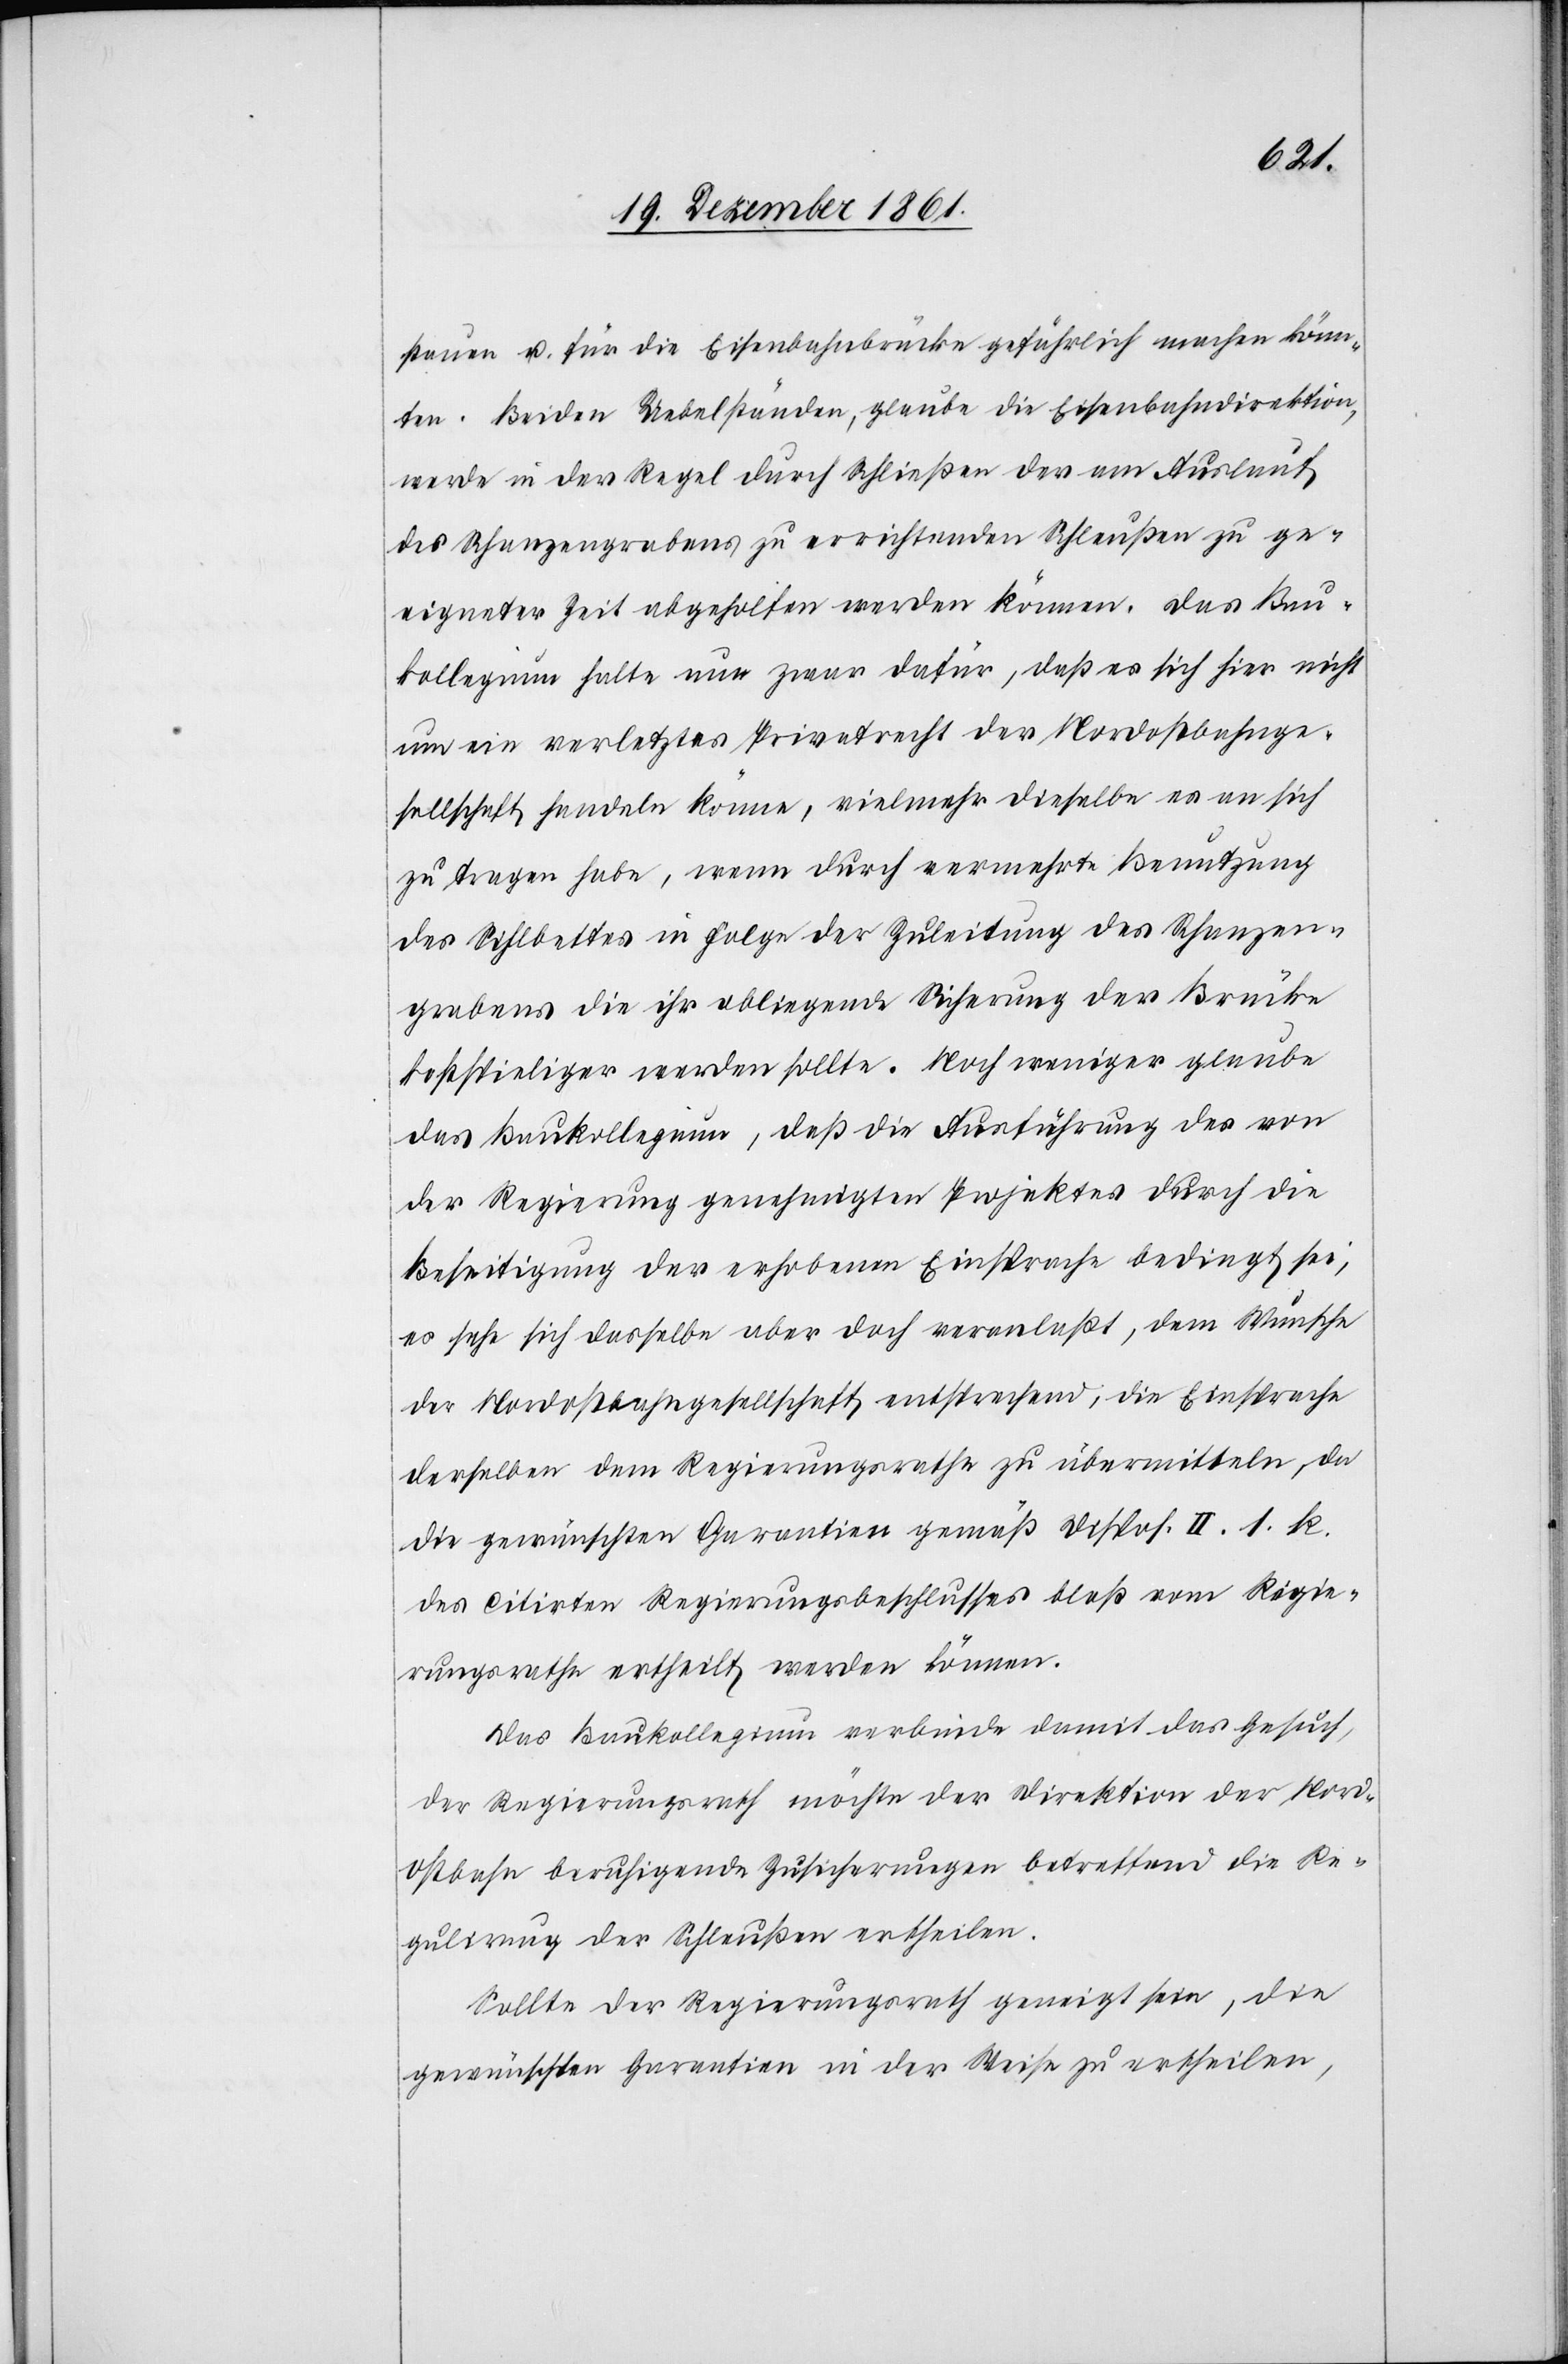
stauen u. für die Eisenbahnbrücke gefährlich machen könn¬
ten. Beiden Uebelständen, glaube die Eisenbahndirektion,
werde in der Regel durch Schließen der am Auslauf
des Schanzengrabens zu errichtenden Schleußen zu ge¬
eigneter Zeit abgeholfen werden können. Das Bau¬
kollegium halte nun zwar dafür, daß es sich hier nicht
um ein verletztes Privatrecht der Nordostbahnge¬
sellschaft handeln könne, vielmehr dieselbe es an sich
zu tragen habe, wenn durch vermehrte Benutzung
des Sihlbettes in Folge der Zuleitung des Schanzen¬
grabens die ihr obliegende Sicherung der Brücke
kostspieliger werden sollte. Noch weniger glaube
das Baukollegium, daß die Ausführung des von
der Regierung genehmigten Projektes durch die
Beseitigung der erhobenen Einsprache bedingt sei,
es sehe sich dasselbe aber doch veranlaßt, dem Wunsche
der Nordostbahngesellschaft entsprechend, die Einsprache
derselben dem Regierungsrathe zu übermitteln, da
die gewünschten Garantien gemäß Dispos. II. 1. k.
des citirten Regierungsbeschlusses bloß vom Regie¬
rungsrathe ertheilt werden können.
Das Baukollegium verbinde damit das Gesuch,
der Regierungsrath möchte der Direktion der Nord¬
ostbahn beruhigende Zusicherungen betreffend die Re¬
gulirung der Schleußen ertheilen.
Sollte der Regierungsrath geneigt sein, die
gewünschten Garantien in der Weise zu ertheilen,